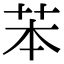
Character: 苯